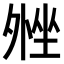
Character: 𫮋